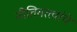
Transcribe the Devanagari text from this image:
नीतितत्त्वांचे